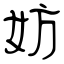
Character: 妨